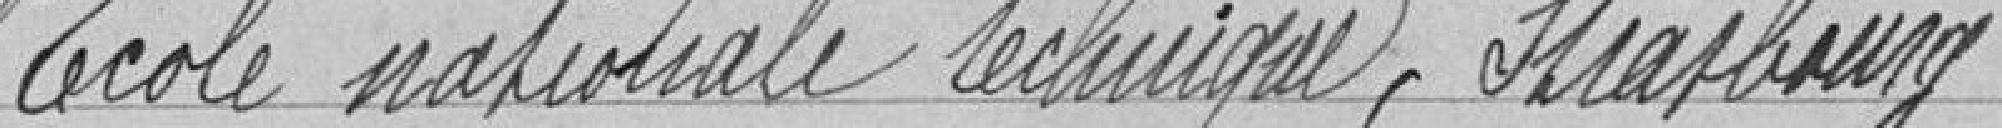
Ecole Nationale technique, strasbourg